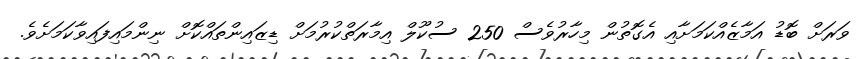
ވަރަށް ބޮޑު އަމާޒެއްކަމަށާއި އެގޮތުން މިހާރުވެސް 250 ސުކޫލް އިމާރަތްކުރުމަށް ޑިޒައިންތައްކޮށް ނިންމައިފައިވާކަމަށެވެ.